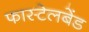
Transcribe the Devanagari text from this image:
फास्टेलबेंड